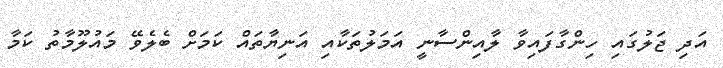
އަދި ޖަލުގައި ހިންގާފައިވާ ލާއިންސާނީ އަމަލުތަކާއި އަނިޔާތައް ކަމަށް ބެލެވޭ މައުލޫމާތު ކަމާ